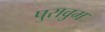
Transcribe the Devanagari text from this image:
पुरावुम